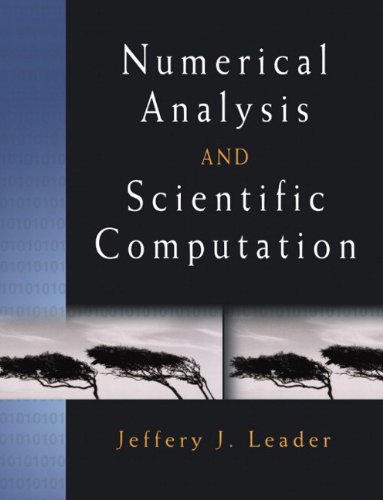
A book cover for Numerical Analysis and Scientific Computation; Jeffery J. Leader; Science & Math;